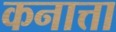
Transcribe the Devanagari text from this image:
कनात्ता